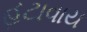
હટાવાય